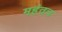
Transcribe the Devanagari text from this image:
महंतच